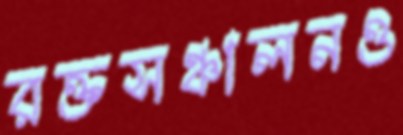
রক্তসঞ্চালনও